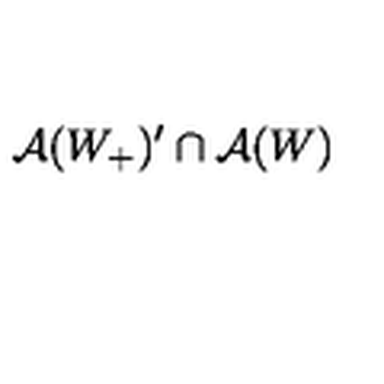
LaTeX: \mathcal { A } ( W _ { + } ) ^ { \prime } \cap \mathcal { A } ( W )